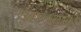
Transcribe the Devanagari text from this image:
अधय्श